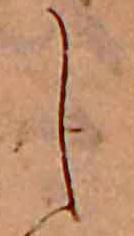
し